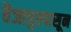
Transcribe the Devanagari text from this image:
वैजापुरपासून